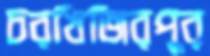
চরখিজিরপুর